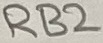
Text: RB2